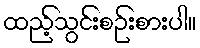
ထည့်သွင်းစဉ်းစားပါ။